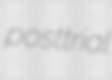
posttrial